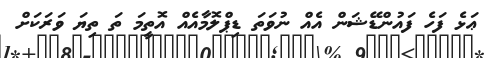
ޢަޅެ ފަހެ ފައުންޑޭޝަން އެއް ނުވަތަ ޑިޕްލޮމާއެއް އޮތީމަ ތަ ތިޔަ ވަރަކަށް